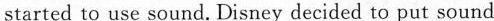
started to use sound.Disney decided to put sound